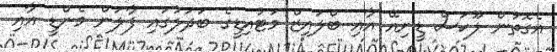
އެގޮތުން ލޫކަސް ޑީނިއޭ އާއި ބްލައިޒް މަޓުއިޑީގެ ބަދަލުގައި ފާލަން މެންޑީ އާއި